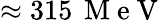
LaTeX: \approx 315\, \mathrm{~M~e~V~}